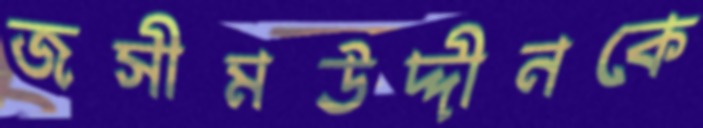
জসীমউদ্দীনকে